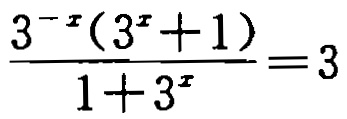
\(\frac{3^{-x}(3^{x}+1)}{1 + 3^{x}}=3\)